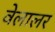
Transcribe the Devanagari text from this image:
वेलालर